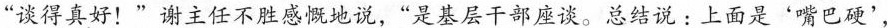
“谈得真好!”谢主任不胜感慨地说，“是基层干部座谈。总结说：上面是‘嘴巴硬’